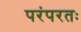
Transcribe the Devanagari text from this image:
परंपरतः